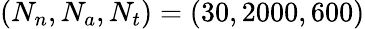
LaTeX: (N_{n},N_{a},N_{t})=(30,2000,600)